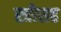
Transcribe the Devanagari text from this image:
स्त्रीसह